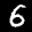
Label: 6